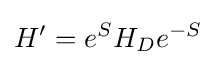
H'=e^{S}H_{D}e^{-S}